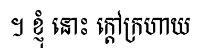
។ ខ្ញុំ នោះ ក្តៅក្រហាយ